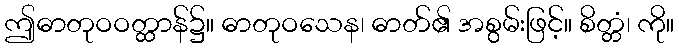
ဤဓာတုဝဝတ္ထာန်၌။ ဓာတုဝသေန၊ ဓာတ်၏ အစွမ်းဖြင့်။ စိတ္တံ၊ ကို။